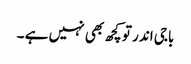
باجی اندر تو کچھ بھی نہیں ہے ۔